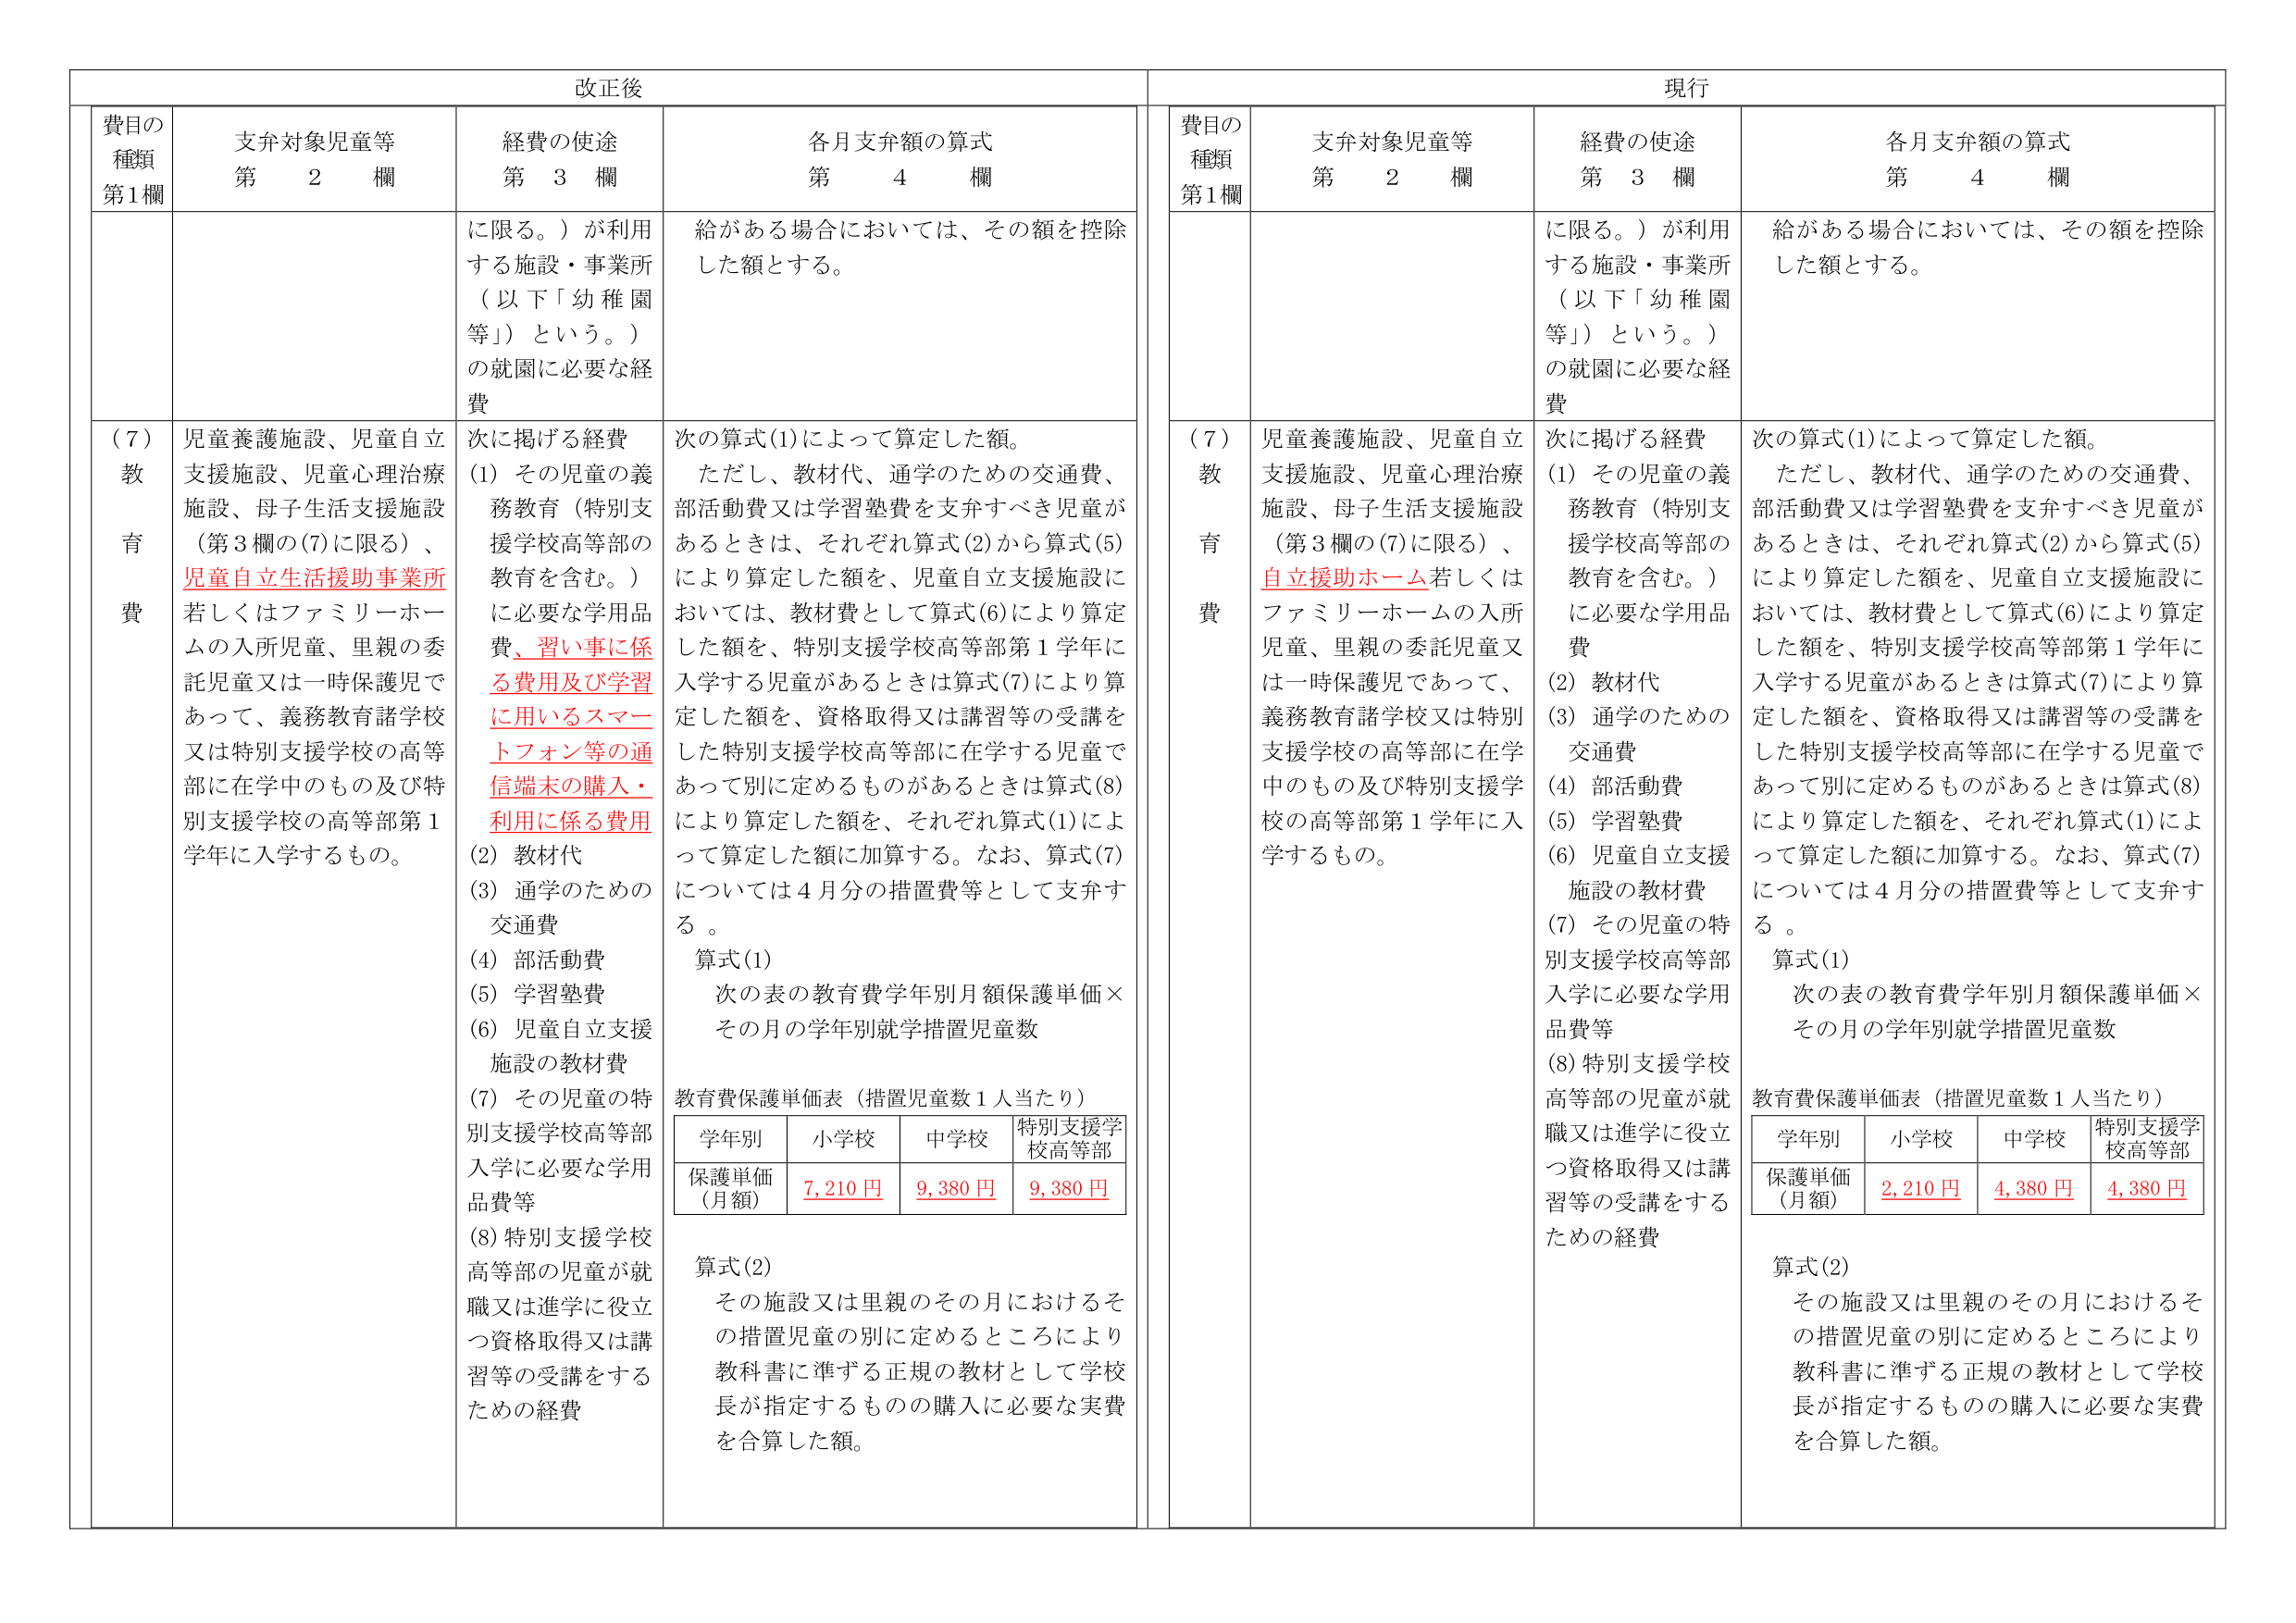
改正後

費目の種類 第1欄
支弁対象児童等 第 2 欄
経費の使途 第 3 欄
各月支弁額の算式 第 4 欄

に限る。）が利用する施設・事業所（以下「幼稚園等」）という。）の就園に必要な経費

給がある場合においては、その額を控除した額とする。

（7）教育費
児童養護施設、児童自立支援施設、児童心理治療施設、母子生活支援施設（第3欄の(7)に限る）、児童自立生活援助事業所若しくはファミリーホームの入所児童、里親の委託児童又は一時保護児であって、義務教育諸学校又は特別支援学校の高等部に在学中のもの及び特別支援学校の高等部第1学年に入学するもの。

次に掲げる経費
(1) その児童の義務教育（特別支援学校高等部の教育を含む。）に必要な学用品費、習い事に係る費用及び学習に用いるスマートフォン等の通信端末の購入・利用に係る費用
(2) 教材代
(3) 通学のための交通費
(4) 部活動費
(5) 学習塾費
(6) 児童自立支援施設の教材費
(7) その児童の特別支援学校高等部入学に必要な学用品費等
(8) 特別支援学校高等部の児童が就職又は進学に役立つ資格取得又は講習等の受講をするための経費

次の算式(1)によって算定した額。
ただし、教材代、通学のための交通費、部活動費又は学習塾費を支弁すべき児童があるときは、それぞれ算式(2)から算式(5)により算定した額を、児童自立支援施設においては、教材費として算式(6)により算定した額を、特別支援学校高等部第1学年に入学する児童があるときは算式(7)により算定した額を、資格取得又は講習等の受講をした特別支援学校高等部に在学する児童であって別に定めるものがあるときは算式(8)により算定した額を、それぞれ算式(1)によって算定した額に加算する。なお、算式(7)については4月分の措置費等として支弁する。

算式(1)
次の表の教育費学年別月額保護単価×その月の学年別就学措置児童数

教育費保護単価表（措置児童数1人当たり）
学年別 小学校 中学校 特別支援学校高等部
保護単価（月額） 7,210円 9,380円 9,380円

算式(2)
その施設又は里親のその月におけるその措置児童の別に定めるところにより教科書に準ずる正規の教材として学校長が指定するものの購入に必要な実費を合算した額。

現行

費目の種類 第1欄
支弁対象児童等 第 2 欄
経費の使途 第 3 欄
各月支弁額の算式 第 4 欄

に限る。）が利用する施設・事業所（以下「幼稚園等」）という。）の就園に必要な経費

給がある場合においては、その額を控除した額とする。

（7）教育費
児童養護施設、児童自立支援施設、児童心理治療施設、母子生活支援施設（第3欄の(7)に限る）、自立援助ホーム若しくはファミリーホームの入所児童、里親の委託児童又は一時保護児であって、義務教育諸学校又は特別支援学校の高等部に在学中のもの及び特別支援学校の高等部第1学年に入学するもの。

次に掲げる経費
(1) その児童の義務教育（特別支援学校高等部の教育を含む。）に必要な学用品費
(2) 教材代
(3) 通学のための交通費
(4) 部活動費
(5) 学習塾費
(6) 児童自立支援施設の教材費
(7) その児童の特別支援学校高等部入学に必要な学用品費等
(8) 特別支援学校高等部の児童が就職又は進学に役立つ資格取得又は講習等の受講をするための経費

次の算式(1)によって算定した額。
ただし、教材代、通学のための交通費、部活動費又は学習塾費を支弁すべき児童があるときは、それぞれ算式(2)から算式(5)により算定した額を、児童自立支援施設においては、教材費として算式(6)により算定した額を、特別支援学校高等部第1学年に入学する児童があるときは算式(7)により算定した額を、資格取得又は講習等の受講をした特別支援学校高等部に在学する児童であって別に定めるものがあるときは算式(8)により算定した額を、それぞれ算式(1)によって算定した額に加算する。なお、算式(7)については4月分の措置費等として支弁する。

算式(1)
次の表の教育費学年別月額保護単価×その月の学年別就学措置児童数

教育費保護単価表（措置児童数1人当たり）
学年別 小学校 中学校 特別支援学校高等部
保護単価（月額） 2,210円 4,380円 4,380円

算式(2)
その施設又は里親のその月におけるその措置児童の別に定めるところにより教科書に準ずる正規の教材として学校長が指定するものの購入に必要な実費を合算した額。